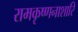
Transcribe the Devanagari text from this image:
रामकृष्णनाशारि